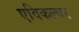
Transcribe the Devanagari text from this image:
एविकल्चर